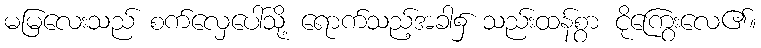
မမြလေးသည် စက်လှေပေါ်သို့ ရောက်သည့်အခါ၌ သည်းထန်စွာ ငိုကြွေးလေ၏။